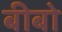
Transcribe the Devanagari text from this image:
बीबो